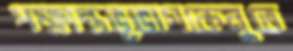
পক্ষান্তভূভাগকেনুতে